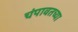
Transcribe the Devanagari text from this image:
चंपावतच्या